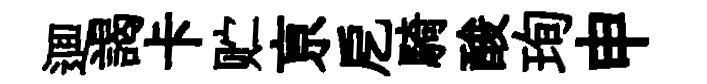
逥謁卡贮亰戹騎酸珣申